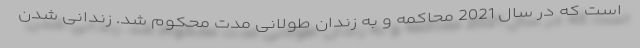
است که در سال 2021 محاکمه و به زندان طولانی مدت محکوم شد. زندانی شدن